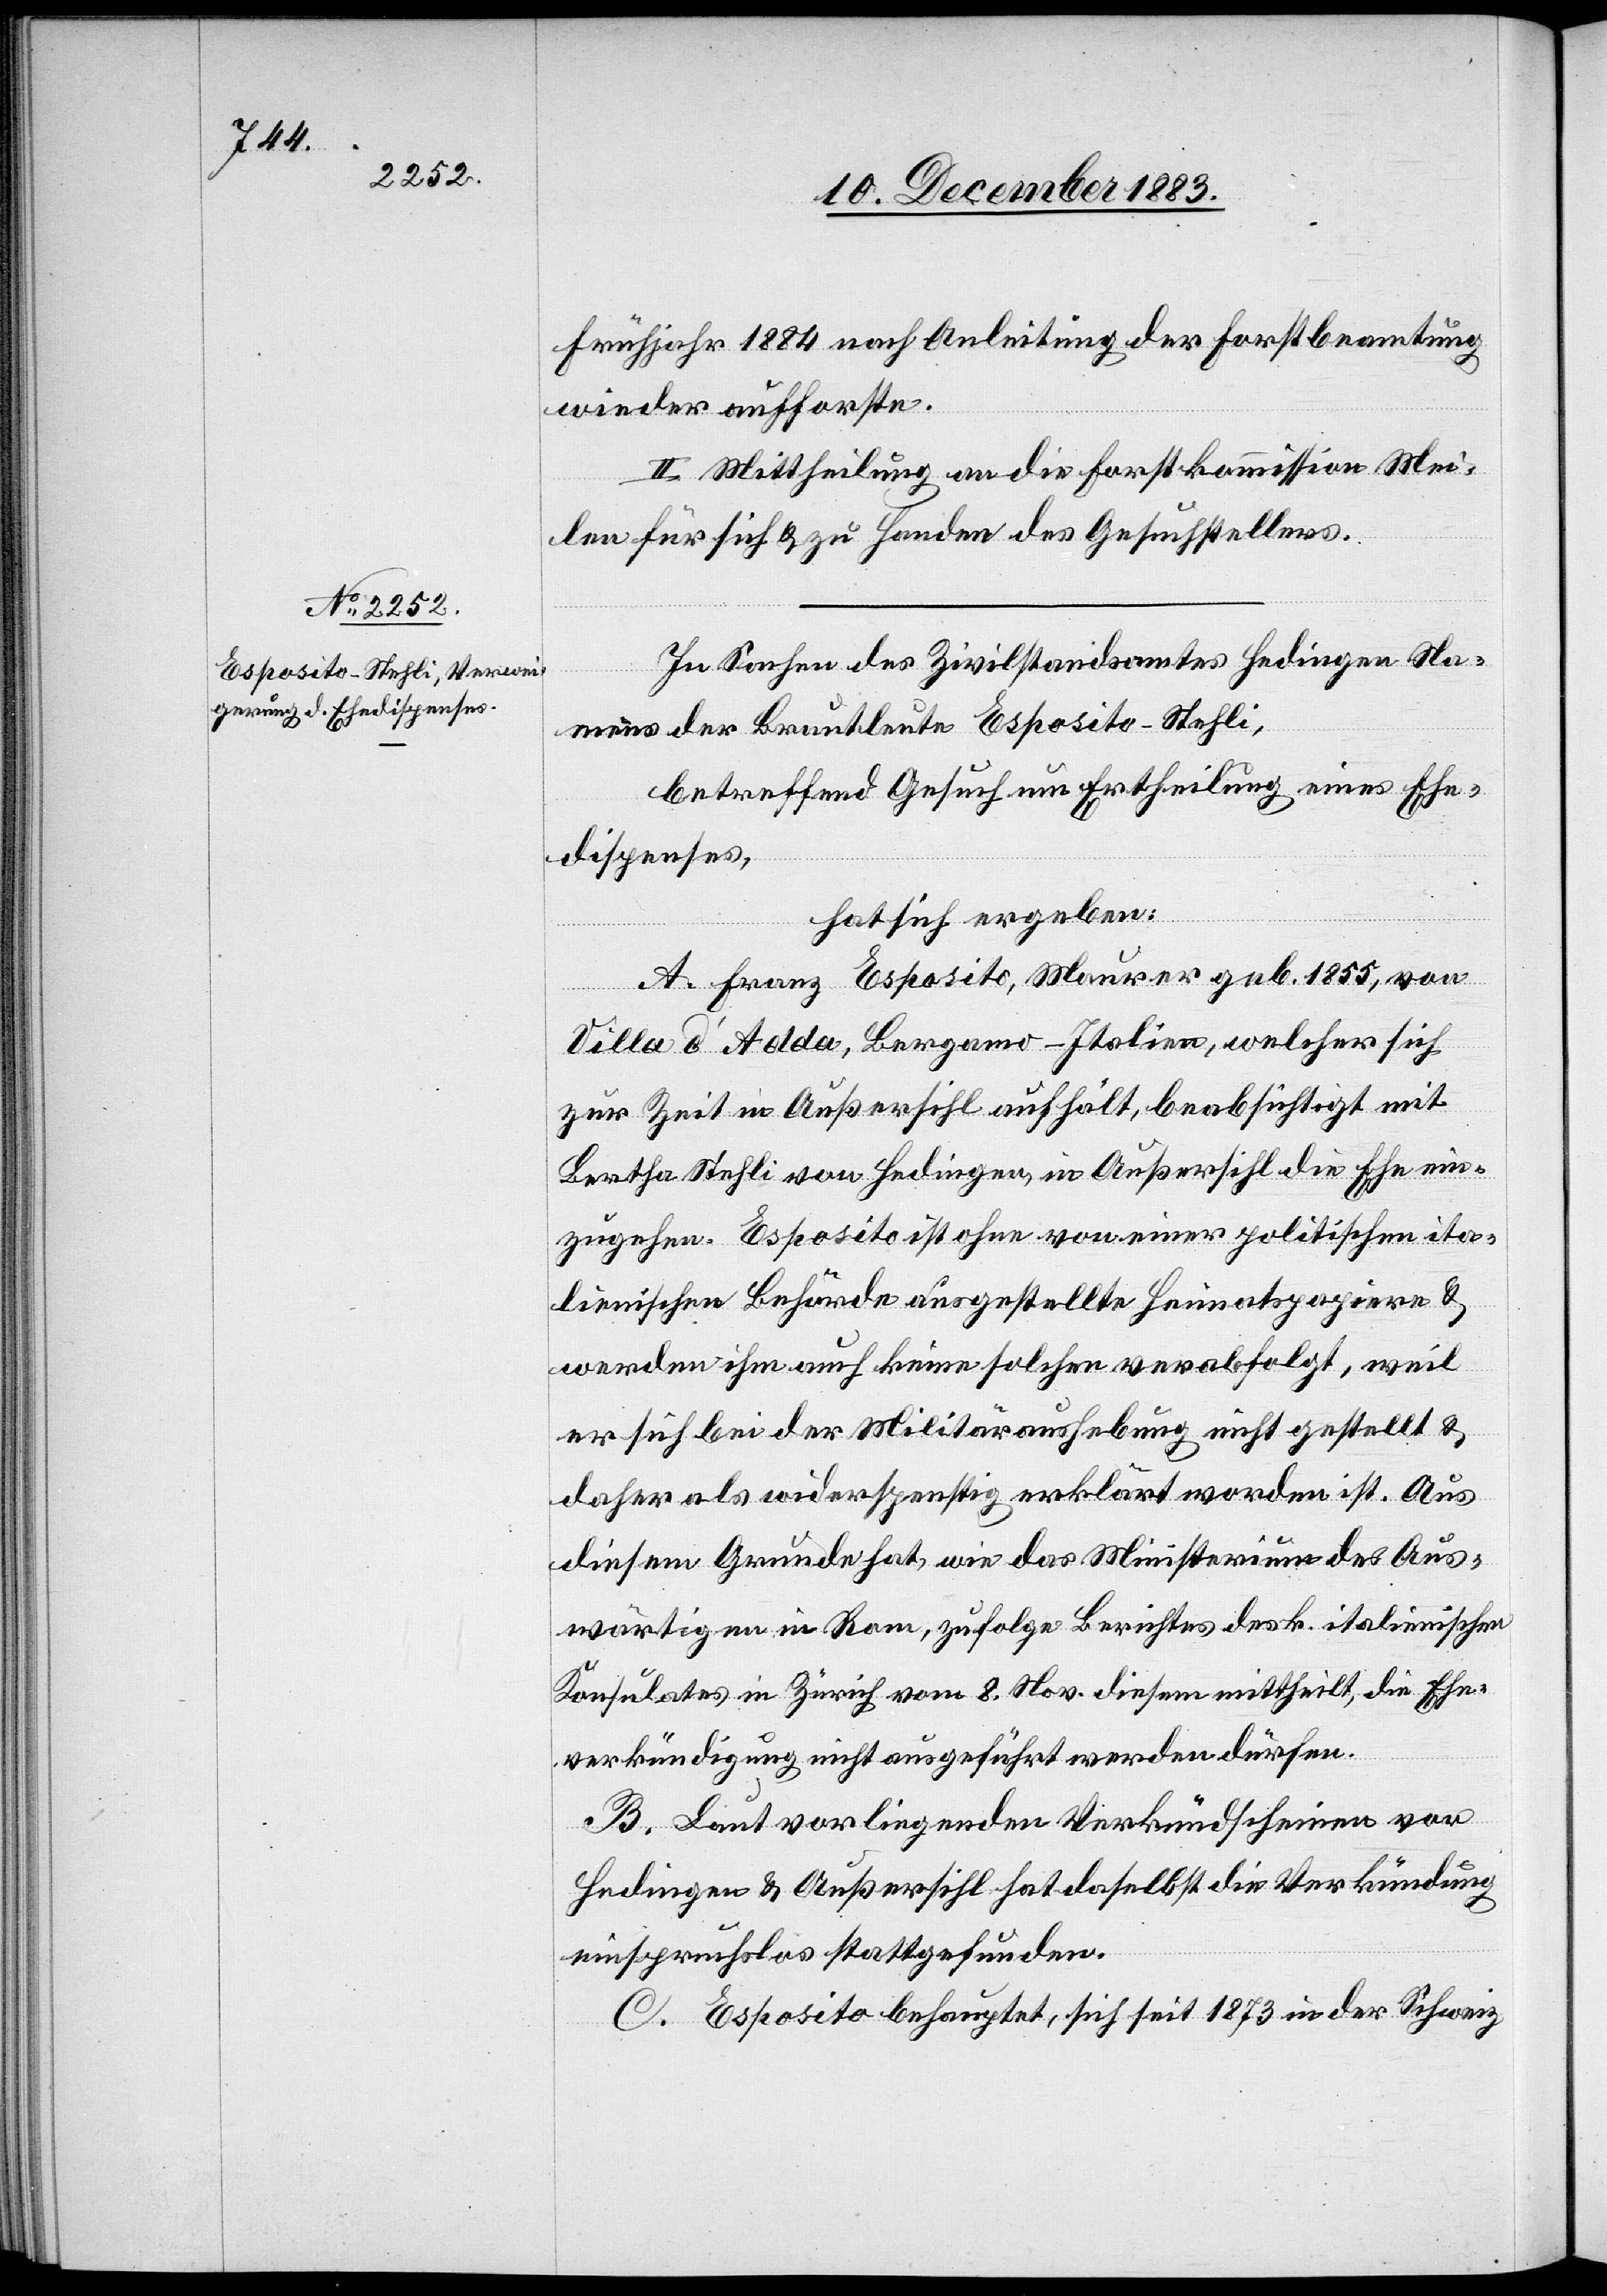
Frühjahr 1884 nach Anleitung der Forstbeamtung
wieder aufforste.
II. Mittheilung an die Forstkommission Mei¬
len für sich & zu Handen des Gesuchstellers.
In Sachen des Zivilstandsamtes Hedingen Na¬
mens der Brautleute Esposito-Stehli,
betreffend Gesuch um Ertheilung eines Ehe¬
dispenses,
hat sich ergeben:
A. Franz Esposito, Maurer geb.1855, von
Villa d’Aolda, Bergamo - Italien, welcher sich
zur Zeit in Außersihl aufhält, beabsichtigt mit
Bertha Stehli von Hedingen, in Außersihl die Ehe ein¬
zugehen. Esposito ist ohne von einer politischen ita¬
lienischen Behörde ausgestellte Heimatspapiere &
werden ihm auch keine solchen verabfolgt, weil
er sich bei der Militäraushebung nicht gestellt &
daher als widerspenstig erklärt worden ist. Aus
diesem Grunde hat, wie das Ministerium des Aus¬
wärtigen in Rom, zufolge Berichtes des k. italienischen
Konsulates in Zürich vom 8. Nov. diesem mittheilt, die Ehe¬
verkündigung nicht ausgeführt werden dürfen.
B. Laut vorliegenden Verkündscheinen von
Hedingen & Außersihl hat daselbst die Verkündung
einspruchslos stattgefunden.
C. Esposito behauptet, sich seit 1873 in der Schweiz